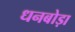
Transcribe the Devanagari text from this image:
धनबोड़ा